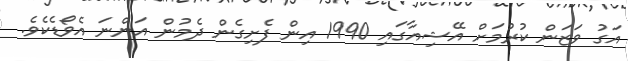
އަގު ވަޒަން ކުރުމަށް އޭޝިއާގައި 1990 އިން ފެށިގެން ދެމުން އަންނަ އެވޯޑެކެވެ.